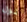
نول